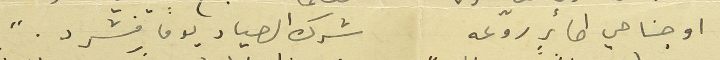
او جناحي طائرٍ روّعه          شرك  الصياد يوماً فشرّد."